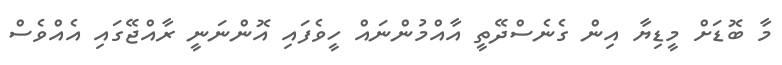
މާ ބޮޑަށް މީޑިޔާ އިން ގެނެސްދޭތީ އާއްމުންނައް ހީވެފައި އޮންނަނީ ރާއްޖޭގައި އެއްވެސް